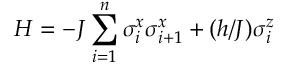
H = - J \sum _ { i = 1 } ^ { n } \sigma _ { i } ^ { x } \sigma _ { i + 1 } ^ { x } + ( h / J ) \sigma _ { i } ^ { z }